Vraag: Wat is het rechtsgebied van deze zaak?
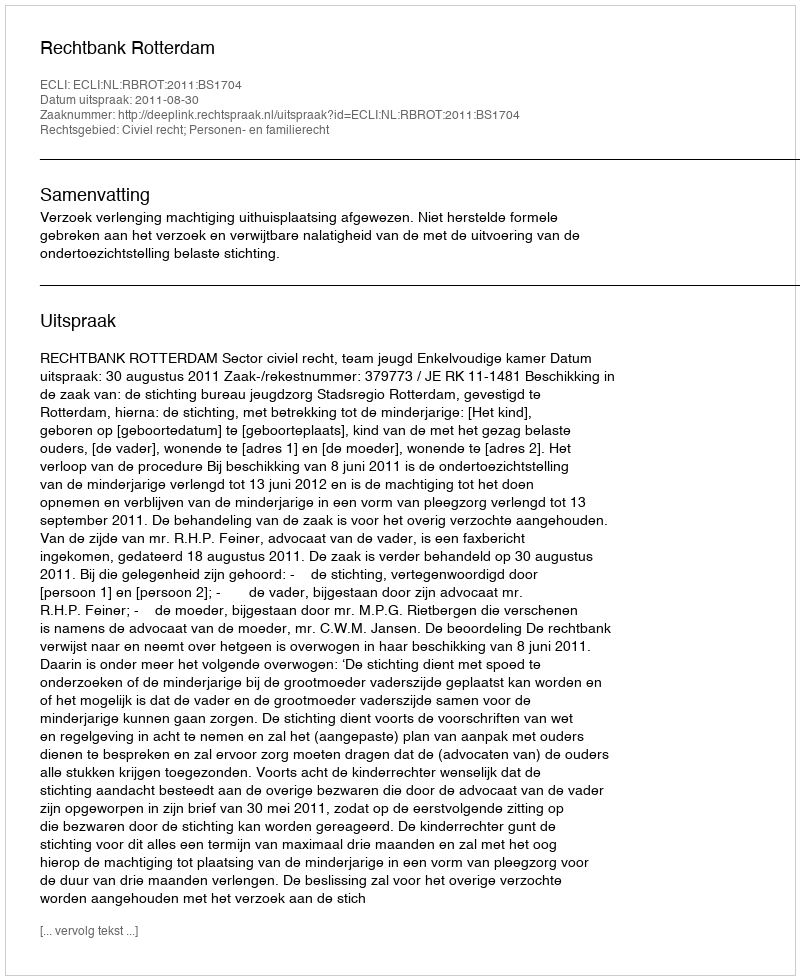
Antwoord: Civiel recht; Personen- en familierecht